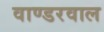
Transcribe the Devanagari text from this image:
वाण्डरवाल